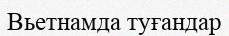
Вьетнамда туғандар